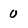
Character: 0